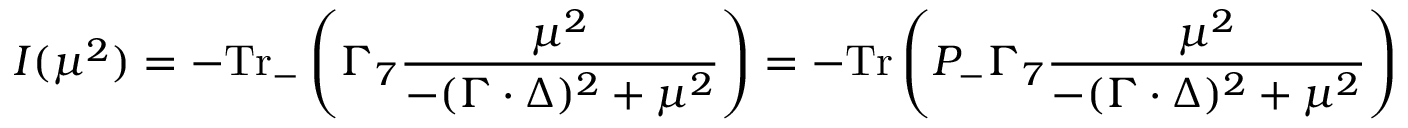
I ( \mu ^ { 2 } ) = - \mathrm { T r } _ { - } \left( \Gamma _ { 7 } \frac { \mu ^ { 2 } } { - ( \Gamma \cdot \Delta ) ^ { 2 } + \mu ^ { 2 } } \right) = - \mathrm { T r } \left( P _ { - } \Gamma _ { 7 } \frac { \mu ^ { 2 } } { - ( \Gamma \cdot \Delta ) ^ { 2 } + \mu ^ { 2 } } \right)